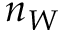
n _ { W }